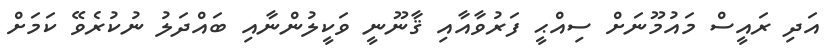
އަދި ރައީސް މައުމޫނަށް ސިއްޙީ ފަރުވާއާއި ޤާނޫނީ ވަކީލުންނާއި ބައްދަލު ނުކުރެވޭ ކަމަށް